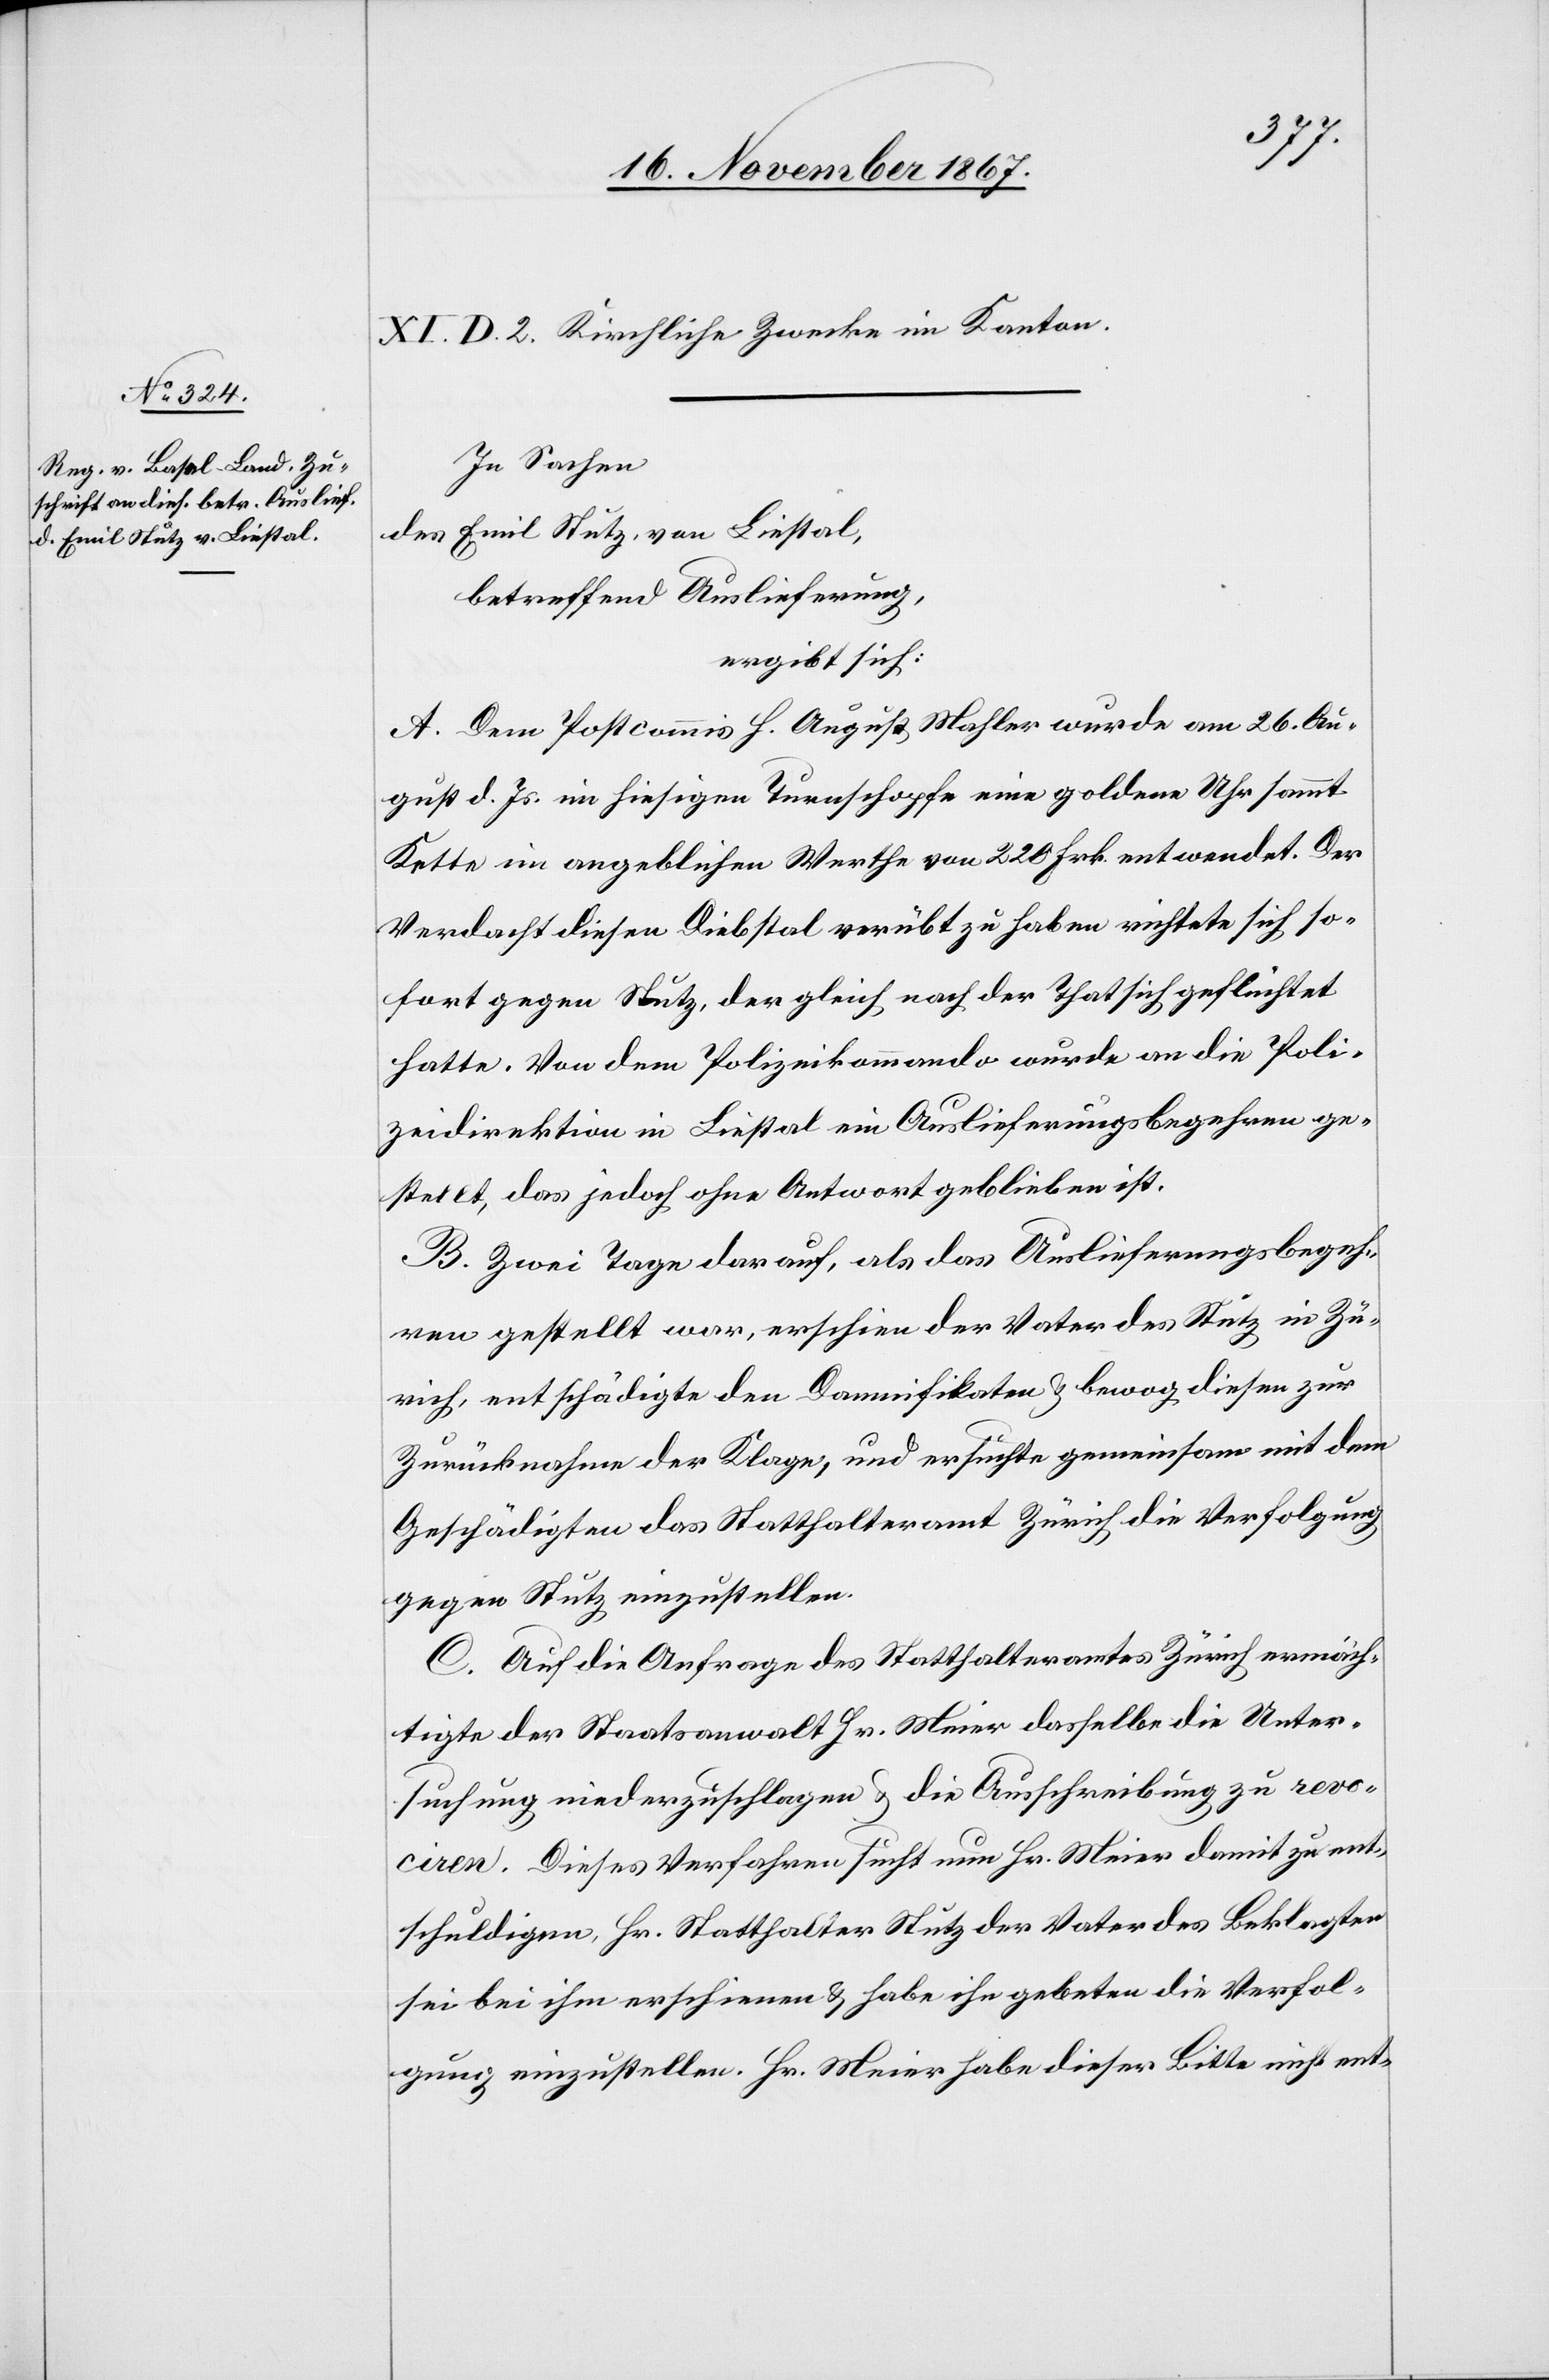
XI. D. 2. Kirchliche Zwecke im Kanton.
In Sachen
des Emil Stutz, von Liestal,
betreffend Auslieferung,
ergibt sich:
A. Dem Postcommis H. August Mahler wurde am 26. Au¬
gust d. Js. in hiesigen Turnschopfe eine goldene Uhr sammt
Kette im angeblichen Werthe von 220 Frk. entwendet. Der
Verdacht diesen Diebstal verübt zu haben richtete sich so¬
fort gegen Stutz, der gleich nach der That sich geflüchtet
hatte. Von dem Polizeikommando wurde an die Poli¬
zeidirektion in Liestal ein Auslieferungsbegehren ge¬
stellt, das jedoch ohne Antwort geblieben ist.
B. Zwei Tage darauf, als das Auslieferungsbegeh¬
ren gestellt war, erschien der Vater des Stutz in Zü¬
rich, entschädigte den Damnifikaten u. bewog diesen zur
Zurücknahme der Klage, und ersuchte gemeinsam mit dem
Geschädigten das Statthalteramt Zürich, die Verfolgung
gegen Stutz einzustellen.
C. Auf die Anfrage des Statthalteramtes Zürich ermäch¬
tigte der Staatsanwalt Hr. Meier dasselbe die Unter¬
suchung niederzuschlagen u. die Ausschreibung zu revo¬
ciren. Dieses Verfahren sucht nun Hr. Meier damit zu ent¬
schuldigen, Hr. Statthalter Stutz[,] der Vater des Beklagten
sei bei ihm erschienen u. habe ihn gebeten die Verfol¬
gung einzustellen. Hr. Meier habe dieser Bitte nicht ent-